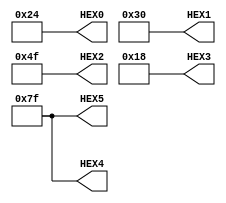
module word_with_space (
	output [0:6] HEX0,HEX1,HEX2,HEX3,HEX4,HEX5);
	assign HEX0 = 7'b0100100;
	assign HEX1 = 7'b0110000;
	assign HEX2 = 7'b1001111;
	assign HEX3 = 7'b0011000;
	assign HEX4 = 7'b1111111;
	assign HEX5 = 7'b1111111;
endmodule